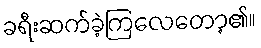
ခရီးဆက်ခဲ့ကြလေတော့၏။